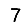
Digit: 7